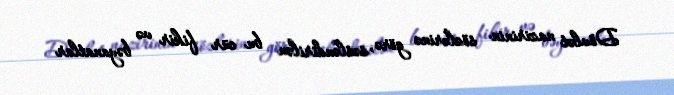
Dövlət nazirinin sözlərinə görə, səsləndirilən bu cür fikir və bəyanatlar